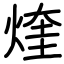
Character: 煃